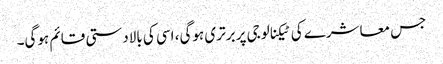
جس معاشرے کی ٹیکنالوجی پر برتری ہوگی، اسی کی بالادستی قائم ہوگی۔